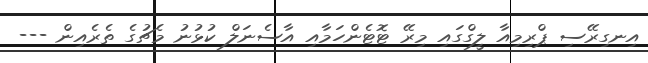
އިނގިރޭސި ޕްރިމިއާ ލީގްގައި މިރޭ ޓޮޓެންހަމާއި އާސެނަލް ކުޅުނު މެޗުގެ ތެރެއިން ---